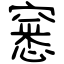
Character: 窸